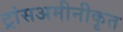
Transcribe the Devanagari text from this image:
ट्रांसअमीनीकृत